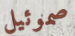
صموئيل